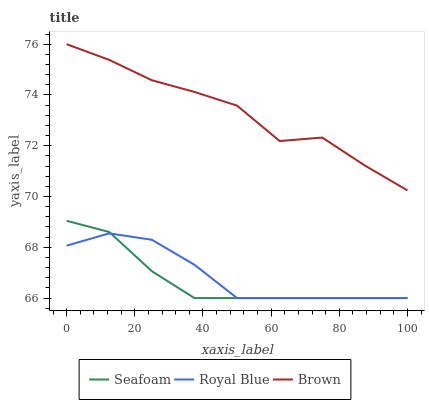
| xaxis_label | Seafoam | Royal Blue | Brown |
 | --- | --- | --- | --- |
 | 0 | 69 | 68.1 | 76 |
 | 12.5 | 68.6 | 68.5 | 75.4 |
 | 25 | 67.1 | 68.3 | 74.6 |
 | 37.5 | 66 | 67.3 | 74.1 |
 | 50 | 66 | 66 | 73.6 |
 | 62.5 | 66 | 66 | 72.2 |
 | 75 | 66 | 66 | 72.3 |
 | 87.5 | 66 | 66 | 71.2 |
 | 100 | 66 | 66 | 70.2 |